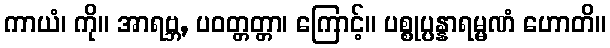
ကာယံ၊ ကို။ အာရဗ္ဘ, ပဝတ္တတ္တာ၊ ကြောင့်။ ပစ္စုပ္ပန္နာရမ္မဏံ ဟောတိ။